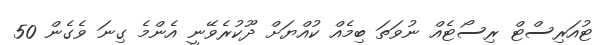
ޓުއަރިސްޓް ރިސޯޓެއް ނުވަތަ ބިމެއް ކުއްޔަށް ދޫކުރެވޭނީ އެންމެ ގިނަ ވެގެން 50